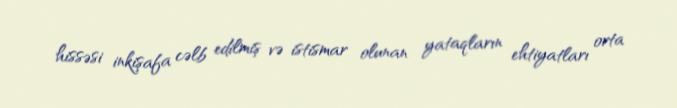
hissəsi inkişafa cəlb edilmiş və istismar olunan yataqların ehtiyatları orta